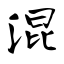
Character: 混